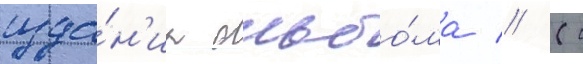
изда́н'иа альбо́ма // (с